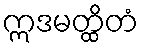
ဣဒမတ္ထိတံ